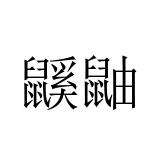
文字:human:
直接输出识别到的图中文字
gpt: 鼷鼬